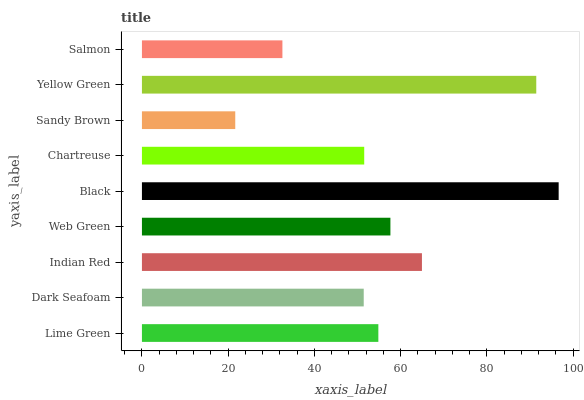
| yaxis_label | bars |
 | --- | --- |
 | Lime Green | 54.8 |
 | Dark Seafoam | 51.4 |
 | Indian Red | 64.9 |
 | Web Green | 57.6 |
 | Black | 96.6 |
 | Chartreuse | 51.5 |
 | Sandy Brown | 21.6 |
 | Yellow Green | 91.4 |
 | Salmon | 32.6 |